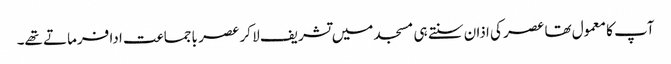
آپ کا معمول تھا عصر کی اذان سنتے ہی مسجد میں تشریف لا کر عصر باجماعت ادا فرماتے تھے۔